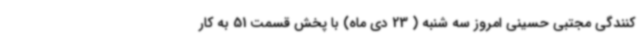
کنندگی مجتبی حسینی امروز سه شنبه ( 23 دی ماه) با پخش قسمت 51 به کار